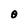
Character: O